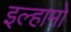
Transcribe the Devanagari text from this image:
इल्हामो